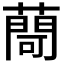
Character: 𦽅